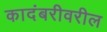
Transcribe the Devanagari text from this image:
कादंबरीवरील